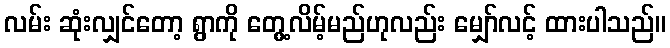
လမ်း ဆုံးလျှင်တော့ ရွာကို တွေ့လိမ့်မည်ဟုလည်း မျှော်လင့် ထားပါသည်။